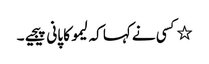
٭کسی نے کہا کہ لیمو کا پانی پیجیے۔